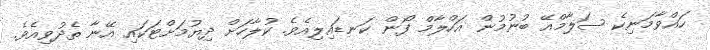
ހައްވާމަނިކެ ސަލާމްއޭ ބުނުމުން އަހްލާމް ފޯން ކަނޑައިލިއެވެ. ކުލާހަށް ދިޔުމަށްޓަކައި އޭނާ ތެދުވިއެވެ.